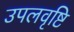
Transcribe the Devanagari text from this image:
उपलवृष्टि